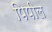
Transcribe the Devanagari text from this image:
पिपील